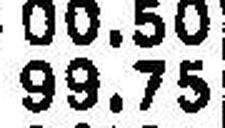
99.75